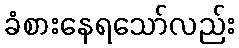
ခံစားနေရသော်လည်း